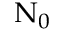
\Nu _ { 0 }